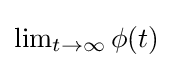
{\textstyle \lim _{t\to \infty }\phi (t)}